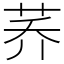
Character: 荞